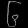
Digit: ၆